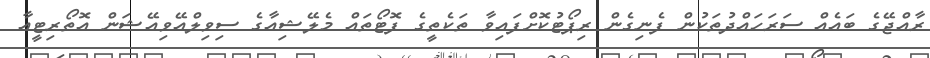
ރާއްޖޭގެ ބައެއް ސަރަހައްދުތަކުން ފެނިގެން ރިޕޯޓުކޮށްފައިވާ ތަކެތީގެ ފޮޓޯތައް މެލޭޝިއާގެ ސިވިލްއޭވިއޭޝަން އޮތޯރިޓީއާ